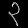
Digit: ၃